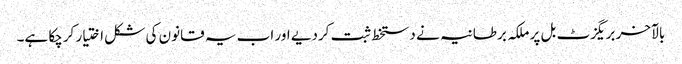
بالآخر بریگزٹ بل پر ملکہ برطانیہ نے دستخط ثبت کردیے اور اب یہ قانون کی شکل اختیار کرچکا ہے۔